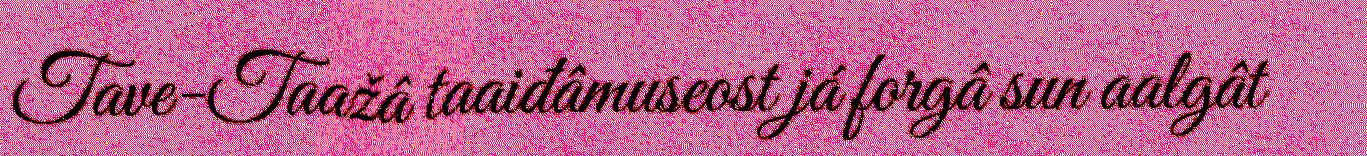
Tave-Taažâ taaiđâmuseost já forgâ sun aalgât